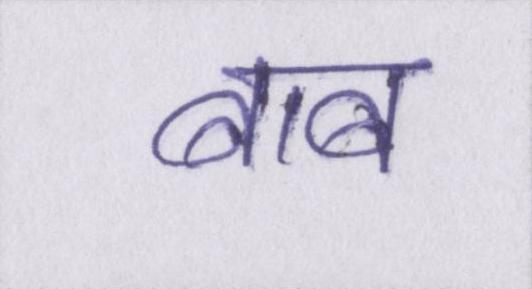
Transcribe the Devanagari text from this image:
बाब